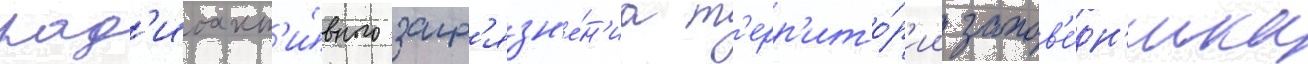
рад'иоакт'и́вного загр'язн'е́н'иа т'ерр'ито́р'ии запов'е́дн'ика